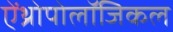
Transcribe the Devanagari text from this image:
ऐंथ्रोपोलॉजिकल